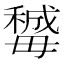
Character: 𣫽